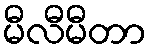
မီလီမီတာ